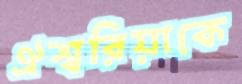
ঐশ্বরিয়াকে